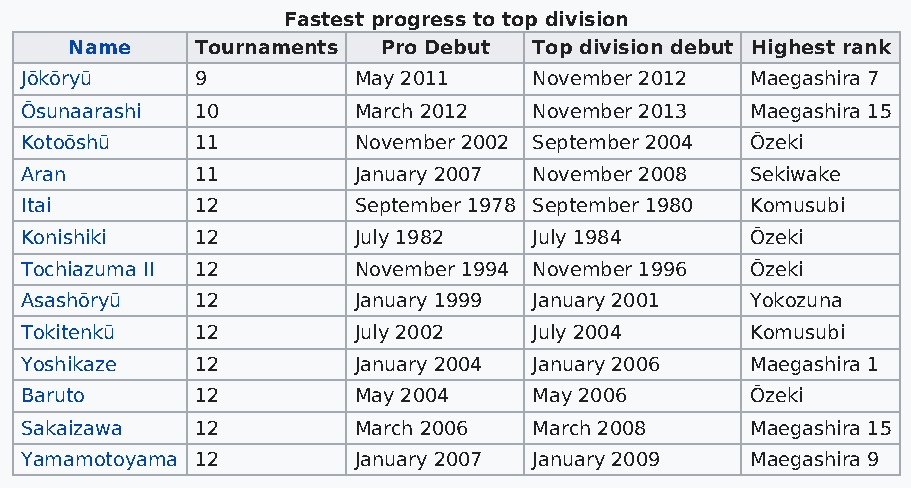
Fastest progress to top division
 Name    Tournaments Pro Debut Top division debut Highest rank
 Jōkōryū     9         May 2011    November 2012  Maegashira 7
 Ōsunaarashi 10        March 2012  November 2013  Maegashira 15
 Kotoōshū    11        November 2002 September 2004 Ōzeki
 Aran        11        January 2007 November 2008 Sekiwake
 Itai        12        September 1978 September 1980 Komusubi
 Konishiki   12        July 1982   July 1984      Ōzeki
 Tochiazuma II 12      November 1994 November 1996 Ōzeki
 Asashōryū   12        January 1999 January 2001  Yokozuna
 Tokitenkū   12        July 2002   July 2004      Komusubi
 Yoshikaze   12        January 2004 January 2006  Maegashira 1
 Baruto      12        May 2004    May 2006       Ōzeki
 Sakaizawa   12        March 2006  March 2008     Maegashira 15
 Yamamotoyama 12       January 2007 January 2009  Maegashira 9